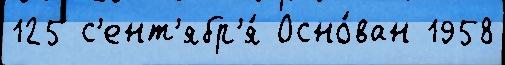
125 с'ент'ябр'я́ Осно́ван 1958